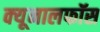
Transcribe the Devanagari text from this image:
क्‍यूनालफॉस